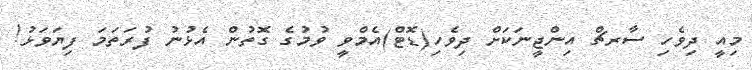
މިއީ ދިވެހި ސާރޗް އިންޖީނަކަށް ދިވެހި(ޑޮޓް)އެމްވީ ވުމުގެ ގޮތުން އެޅުނު ފުރަތަމަ ފިޔަވަޅު!